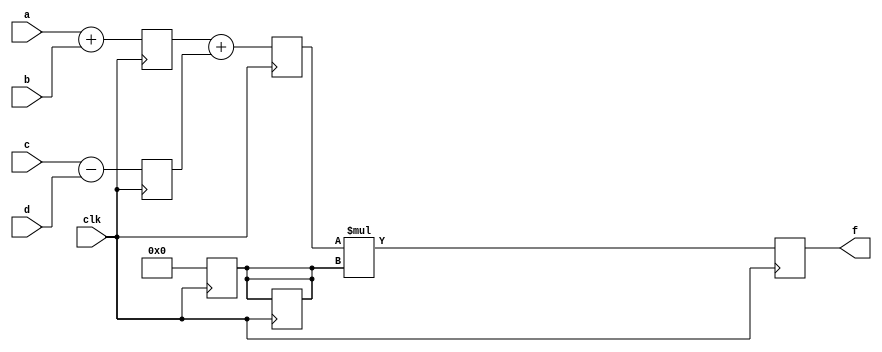
module pipe_ex(f,a,b,c,d,clk);
parameter n=10;
input[n-1:0] a,b,c,d;
input clk;
output[n-1:0] f;
reg[n-1:0]l12_x1,l12_x2,l12_b,l23_x3,l23_d,l34_f;
assign f=l34_f;

always @(posedge clk)
begin
l12_x1<=#4 a+b;
l12_x2<=#4 c-d;
l23_d<=0;
end

always @( posedge clk)
begin
l23_x3<=#4 l12_x1+l12_x2;
l23_d<= l23_d;
end

always @( posedge clk)
begin
l34_f=#8 l23_x3*l23_d;
end
endmodule
    


module pipe1_test;
parameter n=10;
wire[n-1:0] f;
reg [n-1:0] a,b,c,d;
reg clk;
pipe_ex mypipe(f,a,b,c,d,clk);
initial clk=0;
always #10 clk = ~clk;
initial
begin
#30 a=10;b=12;c=6;d=3;
#20 a=10;b=10;c=5;d=3;
#20 a=11;b=11;c=1;d=4;
#20 a=15;b=22;c=1;d=5;
#20 a=9;b=11;c=9;d=5;
#20 a=19;b=19;c=5;d=7;
#20 a=10;b=10;c=5;d=3;
#20 a=17;b=12;c=5;d=9;
end

initial 
begin
$dumpfile ("pipe1.vcd");
$dumpvars (10,pipe1_test);
$monitor ("time:%d,f=%d",$time,f);
#300 $finish;
end
endmodule